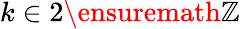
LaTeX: k\in 2\ensuremath{\mathbb{Z}}